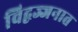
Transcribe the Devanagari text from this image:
विद्वज्जनात